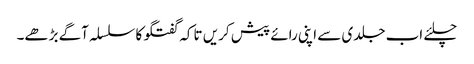
چلئے اب جلدی سے اپنی رائے پیش کریں تاکہ گفتگو کا سلسلہ آگے بڑھے۔